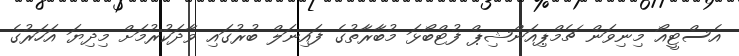
އެސްޓީއޯ މިނިވަން ޗެމްޕިއަންޝިޕް ފުޓްބޯޅަ މުބާރާތުގެ ފައިނަލް ބުރުގައި ވާދަކުރުމަށް މިދިޔަ އަހަރުގެ